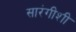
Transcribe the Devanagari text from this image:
सारंगीशी